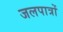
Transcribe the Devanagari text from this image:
जलपात्रों